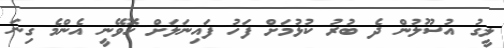
ލީގު އުސޫލުން ދެ ބުރު ކުޅުމަށް ފަހު ފައިނަލަށް ހޮވޭނީ އެންމެ ގިނަ